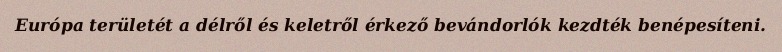
Európa területét a délről és keletről érkező bevándorlók kezdték benépesíteni.